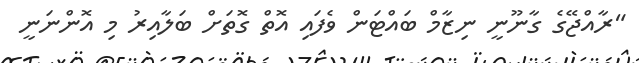
"ރާއްޖޭގެ ގާނޫނީ ނިޒާމް ބައްޓަން ވެފައި އޮތް ގޮތަށް ބަލާއިރު މި އޮންނަނީ